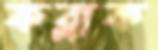
কব্‌লাক